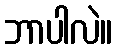
ဘာပါလဲ။